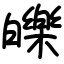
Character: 皪